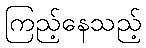
ကြည့်နေသည့်